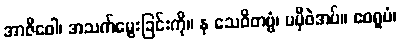
အာဇီဝေါ၊ အသက်မွေးခြင်းကို။ န သေဝိတဗ္ဗံ၊ မမှီဝဲအပ်။ ဧဝရူပံ၊